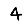
Digit: 4